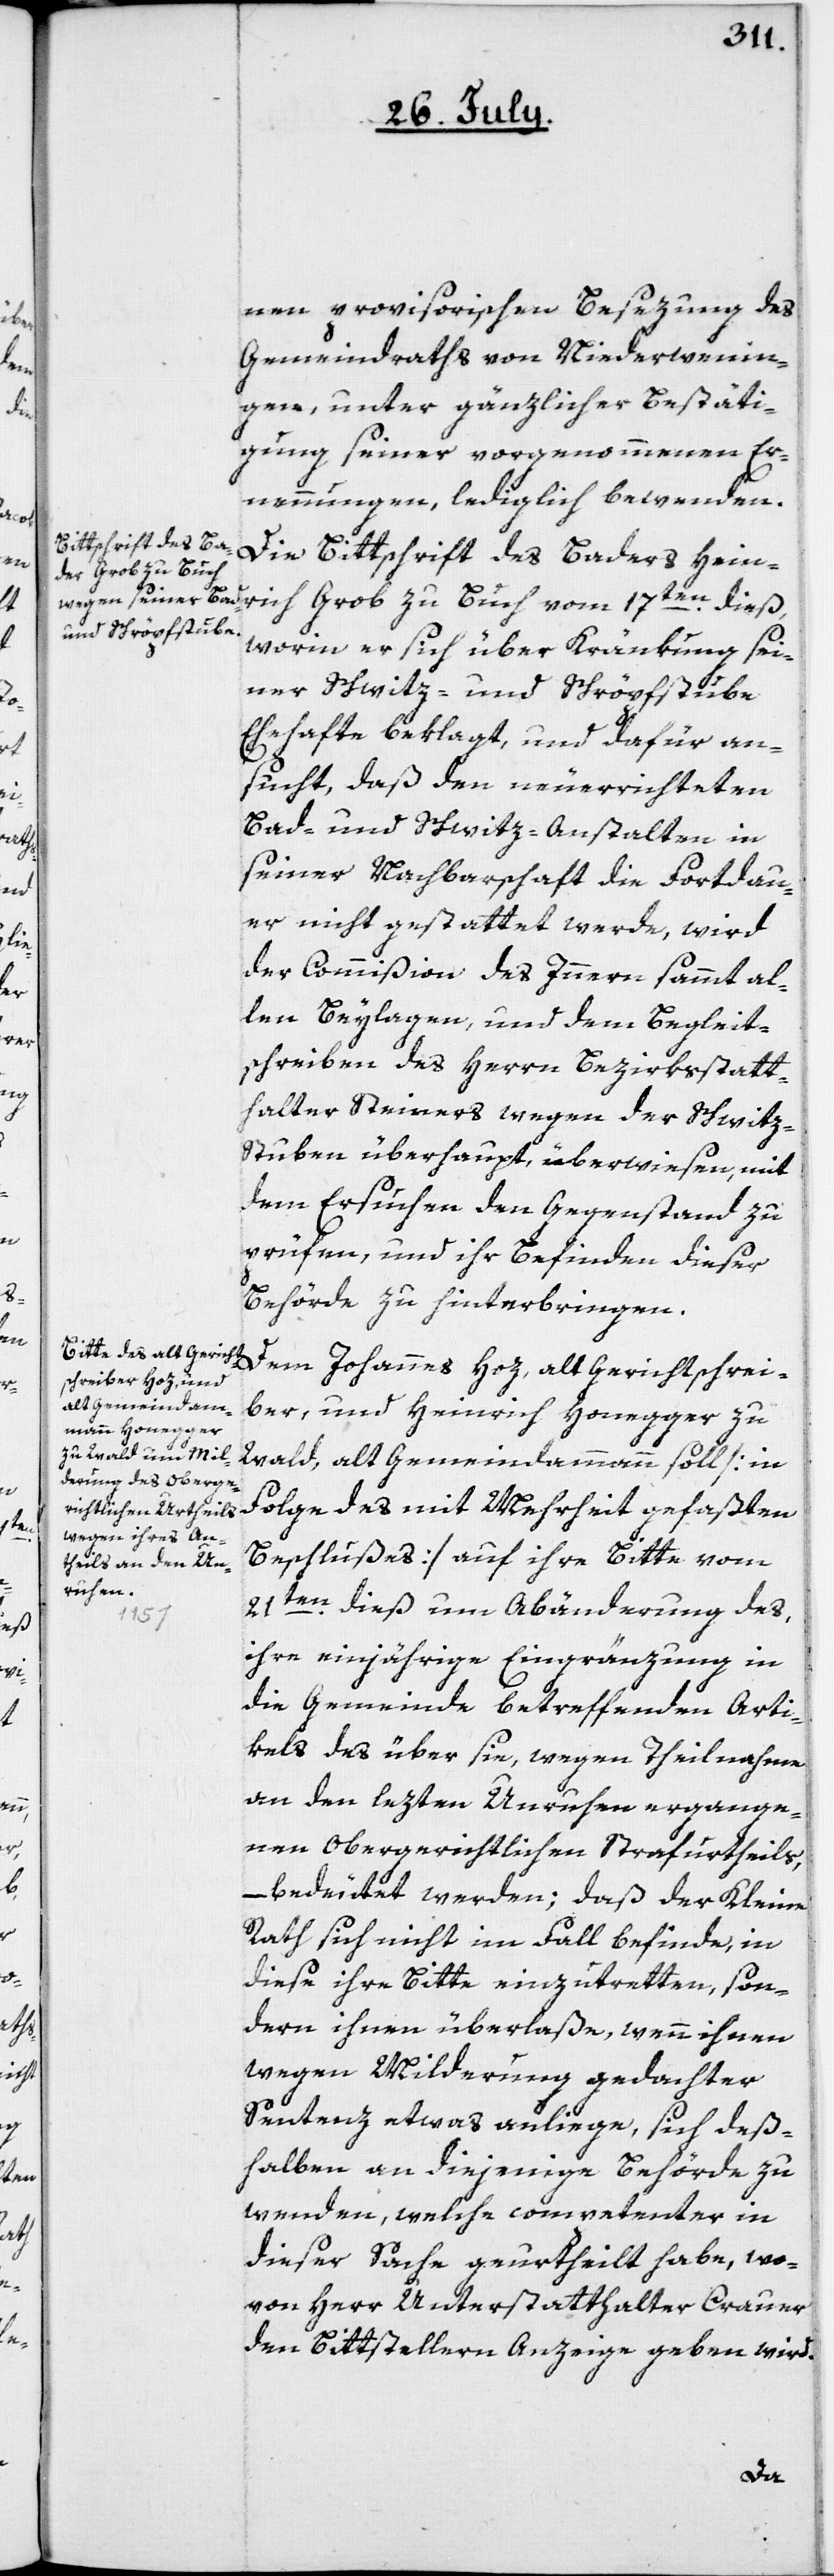
nen provisorischen Besezung des
Gemeindraths von Niederweni¬
gen, unter gänzlicher Bestäti¬
gung seiner vorgenommenen Er¬
nennungen, lediglich bewenden.
Die Bittschrift des Baders Hein¬
rich Grob zu Buch vom 17ten dieß,
worin er sich über Kränkung sei¬
ner Schwitz- und Schröpfstube
Ehehafte beklagt, und dafür an¬
sucht, daß den neuerrichteten
Bad- und Schwitz-Anstalten in
seiner Nachbarschaft die Fortdau¬
er nicht gestattet werde, wird
der Commißion des Innern sammt al¬
len Beylagen, und dem Begleit¬
schreiben des Herrn Bezirksstatt¬
halter Steiners wegen der Schwitz-S¬
tuben überhaupt, überwiesen, mit
dem Ersuchen, den Gegenstand zu
prüfen, und ihr Befinden dieser
Behörde zu hinterbringen.
Dem Johannes Hoz, alt Gerichtschrei¬
ber, und Heinrich Honegger zu
Wald, alt Gemeindammann soll [in
Folge des mit Mehrheit gefaßten
Beschlußes] auf ihre Bitte vom
21ten dieß um Abänderung des,
ihre einjährige Eingränzung in
die Gemeinde betreffenden Arti¬
kels des über sie, wegen Theilnahme
an den lezten Unruhen ergange¬
nen Obergerichtlichen Strafurtheils,
bedeutet werden; daß der Kleine
Rath sich nicht im Fall befinde, in
diese ihre Bitte einzutretten, son¬
dern ihnen überlaße, wenn ihnen
wegen Milderung gedachter
Sentenz etwas anliege, sich deß¬
halben an diejenige Behörde zu
wenden, welche competenter in
dieser Sache geurtheilt habe, wo¬
von Herr Unterstatthalter Crauer
den Bittstellern Anzeige geben wird.